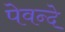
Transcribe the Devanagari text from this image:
पेवन्दे